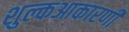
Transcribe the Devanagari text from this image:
शुल्कआकारणी